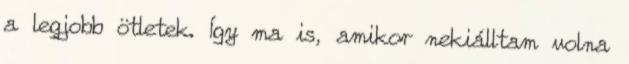
a legjobb ötletek. Így ma is, amikor nekiálltam volna